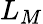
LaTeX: L_{M}